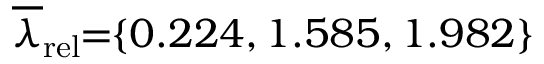
\! \! \! \overline { { \lambda } } _ { \mathrm { { r e l } } } \! \! = \! \! \{ 0 . 2 2 4 , 1 . 5 8 5 , 1 . 9 8 2 \} \! \! \!